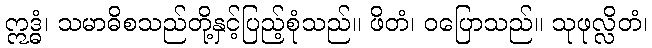
ဣဒ္ဓံ၊ သမာဓိစသည်တို့နှင့်ပြည့်စုံသည်။ ဖိတံ၊ ဝပြောသည်။ သုဖုလ္လိတံ၊